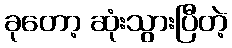
ခုတော့ ဆုံးသွားပြီတဲ့